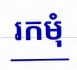
រកមុំ